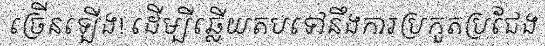
ច្រើនឡើង! ដើម្បីឆ្លើយតបទៅនឹងការប្រកួតប្រជែង